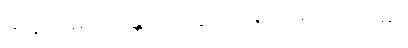
အနာဂါမ် ရဟန္တာဟု ကွဲပြားခြင်းအကြောင်းမှာ